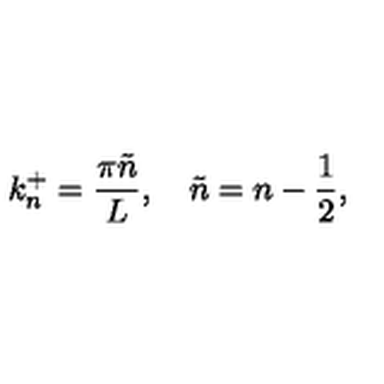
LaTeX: k _ { n } ^ { + } = \frac { \pi \tilde { n } } { L } , \quad \tilde { n } = n - \frac { 1 } { 2 } ,